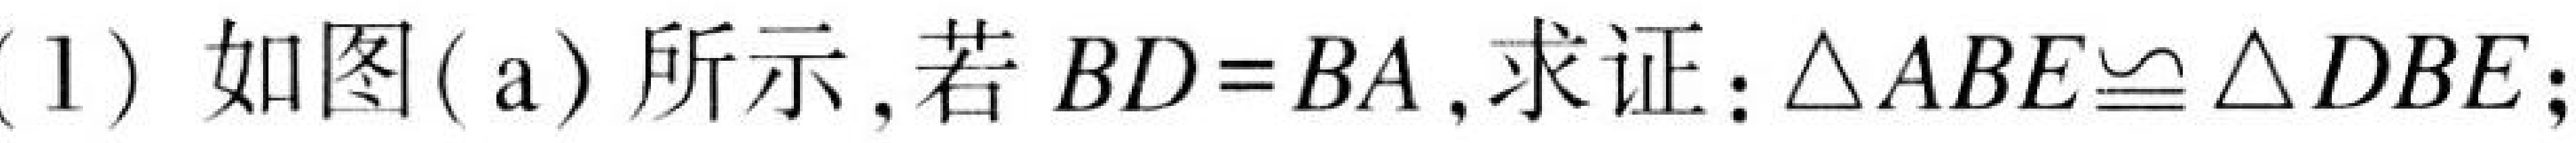
(1) 如图(a)所示, 若$BD = BA$, 求证：$\triangle ABE\cong\triangle DBE$;